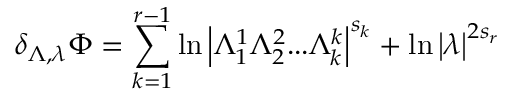
\delta _ { \Lambda , \lambda } \Phi = \sum _ { k = 1 } ^ { r - 1 } \ln \left| \Lambda _ { 1 } ^ { 1 } \Lambda _ { 2 } ^ { 2 } . . . \Lambda _ { k } ^ { k } \right| ^ { s _ { k } } + \ln \left| \lambda \right| ^ { 2 s _ { r } }